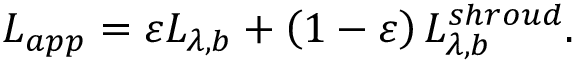
L _ { a p p } = \varepsilon L _ { \lambda , b } + \left( 1 - \varepsilon \right) L _ { \lambda , b } ^ { s h r o u d } \mathrm { . }